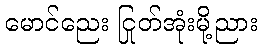
မောင်ညေး ငြုတ်အုံးမို့ညား